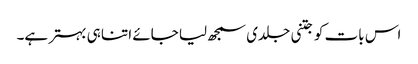
اس بات کو جتنی جلدی سمجھ لیا جائے اتنا ہی بہتر ہے۔